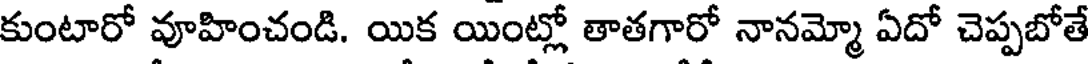
కుంటారో వూహించండి. యిక యింట్లో తాతగారో నానమ్మో ఏదో చెప్పబోతే